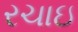
રચાઇ